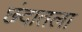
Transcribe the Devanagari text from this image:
छंदातला